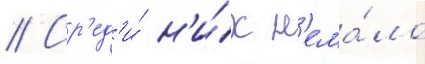
// Ср'ед'и́ н'и́х н'ема́ло